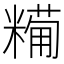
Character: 𥼓